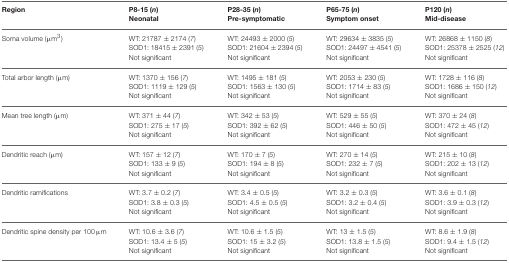
<table><thead><tr><td><b>Region</b></td><td><b>P8-15 (<i>n</i>) Neonatal</b></td><td><b>P28-35 (<i>n</i>) Pre-symptomatic</b></td><td><b>P65-75 (<i>n</i>) Symptom onset</b></td><td><b>P120 (<i>n</i>) Mid-disease</b></td></tr></thead><tbody><tr><td>Soma volume (μm<sup>3</sup>)</td><td>WT: 21787 ± 2174 (<i>7</i>)SOD1: 18415 ± 2391 (<i>5</i>)Not significant</td><td>WT: 24493 ± 2000 (<i>5</i>)SOD1: 21604 ± 2394 (<i>5</i>)Not significant</td><td>WT: 29634 ± 3835 (<i>5</i>)SOD1: 24497 ± 4541 (<i>5</i>)Not significant</td><td>WT: 26868 ± 1150 (<i>8</i>)SOD1: 25378 ± 2525 (<i>12</i>)Not significant</td></tr><tr><td>Total arbor length (μm)</td><td>WT: 1370 ± 156 (<i>7</i>)SOD1: 1119 ± 129 (<i>5</i>)Not significant</td><td>WT: 1495 ± 181 (<i>5</i>)SOD1: 1563 ± 130 (<i>5</i>)Not significant</td><td>WT: 2053 ± 230 (<i>5</i>)SOD1: 1714 ± 83 (<i>5</i>)Not significant</td><td>WT: 1728 ± 116 (<i>8</i>)SOD1: 1686 ± 150 (<i>12</i>)Not significant</td></tr><tr><td>Mean tree length (μm)</td><td>WT: 371 ± 44 (<i>7</i>)SOD1: 275 ± 17 (<i>5</i>)Not significant</td><td>WT: 342 ± 53 (<i>5</i>)SOD1: 392 ± 62 (<i>5</i>)Not significant</td><td>WT: 529 ± 55 (<i>5</i>)SOD1: 446 ± 50 (<i>5</i>)Not significant</td><td>WT: 370 ± 24 (<i>8</i>)SOD1: 472 ± 45 (<i>12</i>)Not significant</td></tr><tr><td>Dendritic reach (μm)</td><td>WT: 157 ± 12 (<i>7</i>)SOD1: 133 ± 9 (<i>5</i>)Not significant</td><td>WT: 170 ± 7 (<i>5</i>)SOD1: 194 ± 8 (<i>5</i>)Not significant</td><td>WT: 270 ± 14 (<i>5</i>)SOD1: 232 ± 7 (<i>5</i>)Not significant</td><td>WT: 215 ± 10 (<i>8</i>)SOD1: 202 ± 13 (<i>12</i>)Not significant</td></tr><tr><td>Dendritic ramifications</td><td>WT: 3.7 ± 0.2 (<i>7</i>)SOD1: 3.8 ± 0.3 (<i>5</i>)Not significant</td><td>WT: 3.4 ± 0.5 (<i>5</i>)SOD1: 4.5 ± 0.5 (<i>5</i>)Not significant</td><td>WT: 3.2 ± 0.3 (<i>5</i>)SOD1: 3.2 ± 0.4 (<i>5</i>)Not significant</td><td>WT: 3.6 ± 0.1 (<i>8</i>)SOD1: 3.9 ± 0.3 (<i>12</i>)Not significant</td></tr><tr><td>Dendritic spine density per 100 μm</td><td>WT: 10.6 ± 3.6 (<i>7</i>)SOD1: 13.4 ± 5 (<i>5</i>)Not significant</td><td>WT: 10.6 ± 1.5 (<i>5</i>)SOD1: 15 ± 3.2 (<i>5</i>)Not significant</td><td>WT: 13 ± 1.5 (<i>5</i>)SOD1: 13.8 ± 1.5 (<i>5</i>)Not significant</td><td>WT: 8.6 ± 1.9 (<i>8</i>)SOD1: 9.4 ± 1.5 (<i>12</i>)Not significant</td></tr></tbody></table>